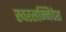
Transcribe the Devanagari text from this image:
स्वरसन्निवेश